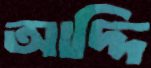
আদ্দি